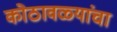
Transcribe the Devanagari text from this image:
कोठावळ्यांचा